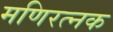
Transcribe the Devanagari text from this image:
मणिरत्‍नक